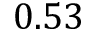
0 . 5 3